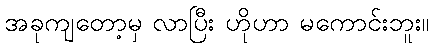
အခုကျတော့မှ လာပြီး ဟိုဟာ မကောင်းဘူး။